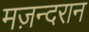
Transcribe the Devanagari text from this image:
मज़न्दरान